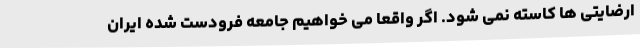
ارضایتی ها کاسته نمی شود. اگر واقعا می خواهیم جامعه فرودست شده ایران